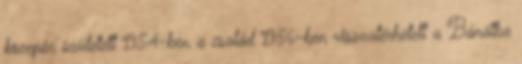
közepén született 1954-ben a család 1956-ben visszatérhetett a Bánátba